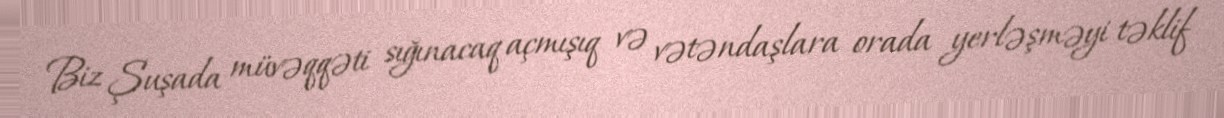
Biz Şuşada müvəqqəti sığınacaq açmışıq və vətəndaşlara orada yerləşməyi təklif